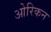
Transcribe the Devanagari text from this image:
ओरिकन